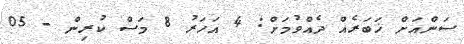
ސަންއަށް ޚަބަރެއް ދެއްވުމަށް: 4 އަހަރު 8 މަސް ކުރިން - 05